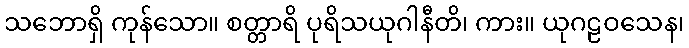
သဘောရှိ ကုန်သော။ စတ္တာရိ ပုရိသယုဂါနီတိ၊ ကား။ ယုဂဠဝသေန၊